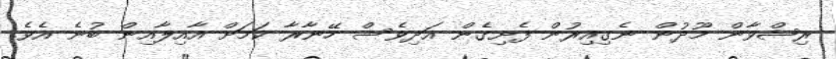
ރިޝްވާން މޫދުން ނެގިއިރުން ފެށިގެން އަދިވެސް ހޭނާރާ ކަމަށް އާއިލާއިން ބުނެ އެވެ.